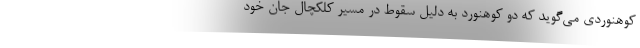
کوهنوردی می‌گوید که دو کوهنورد به دلیل سقوط در مسیر کلکچال جان خود